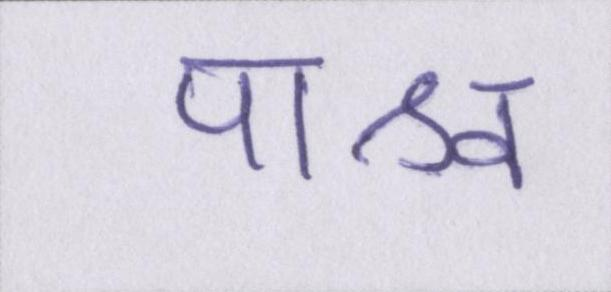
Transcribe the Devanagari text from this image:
पाश्र्व